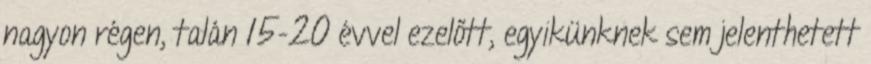
nagyon régen, talán 15-20 évvel ezelőtt, egyikünknek sem jelenthetett